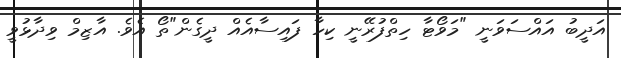
އަދީބު އައްސަވަނީ "މަވޯޓާ ހިތްފުރޭނީ ކިހާ ފައިސާއެއް ދީގެން"ތޯ އެވެ. އާޒިމް ވިދާޅުވީ